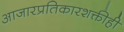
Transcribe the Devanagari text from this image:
आजारप्रतिकारशक्तीही